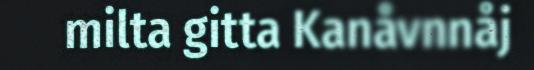
milta gitta Kanåvnnåj